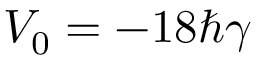
V _ { 0 } = - 1 8 \hbar \gamma